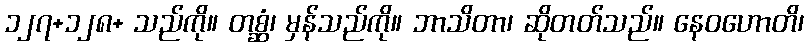
၁၂၇+၁၂၈+ သည်ကို။ တစ္ဆံ၊ မှန်သည်ကို။ ဘာသိတာ၊ ဆိုတတ်သည်။ နေဝဟောတိ၊